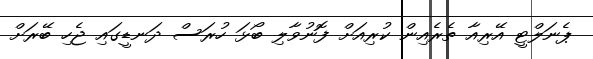
ޕެނަލްޓީ އޭރިއާ ތެރެއިން ކުރިއަށް ފޮނުވާލި ބޯޅަ ހުރަސް ދަނޑީގައި ޖެހި ބޭރަށް